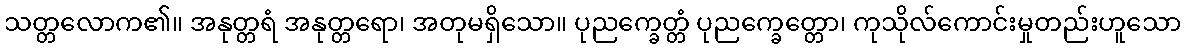
သတ္တလောက၏။ အနုတ္တရံ အနုတ္တရော၊ အတုမရှိသော။ ပုညက္ခေတ္တံ ပုညက္ခေတ္တော၊ ကုသိုလ်ကောင်းမှုတည်းဟူသော